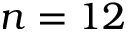
n = 1 2